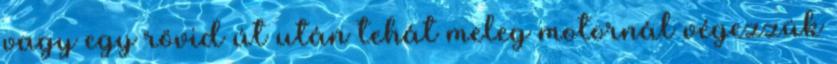
vagy egy rövid út után tehát meleg motornál végezzük